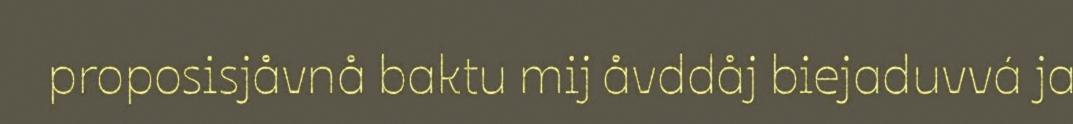
proposisjåvnå baktu mij åvddåj biejaduvvá ja